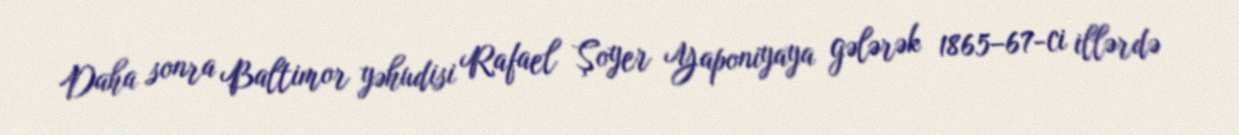
Daha sonra Baltimor yəhudisi Rafael Şoyer Yaponiyaya gələrək 1865–67-ci illərdə